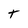
Character: t